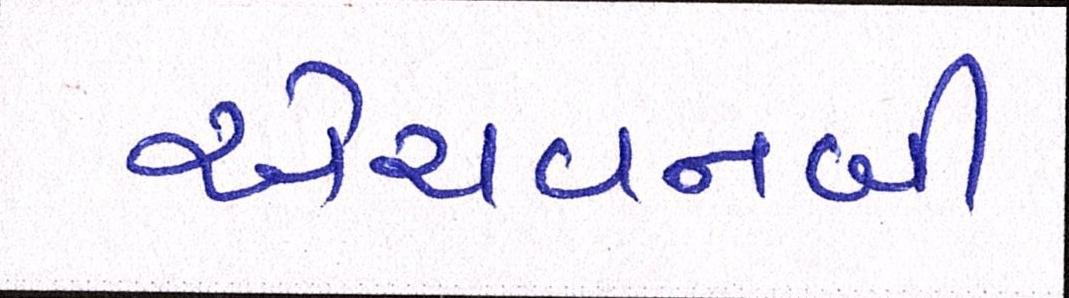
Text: એચવનબી